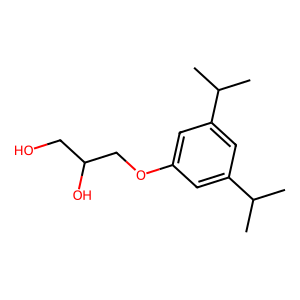
SMILES: CC(C)c1cc(OCC(O)CO)cc(C(C)C)c1
Inhibits HIV replication: No